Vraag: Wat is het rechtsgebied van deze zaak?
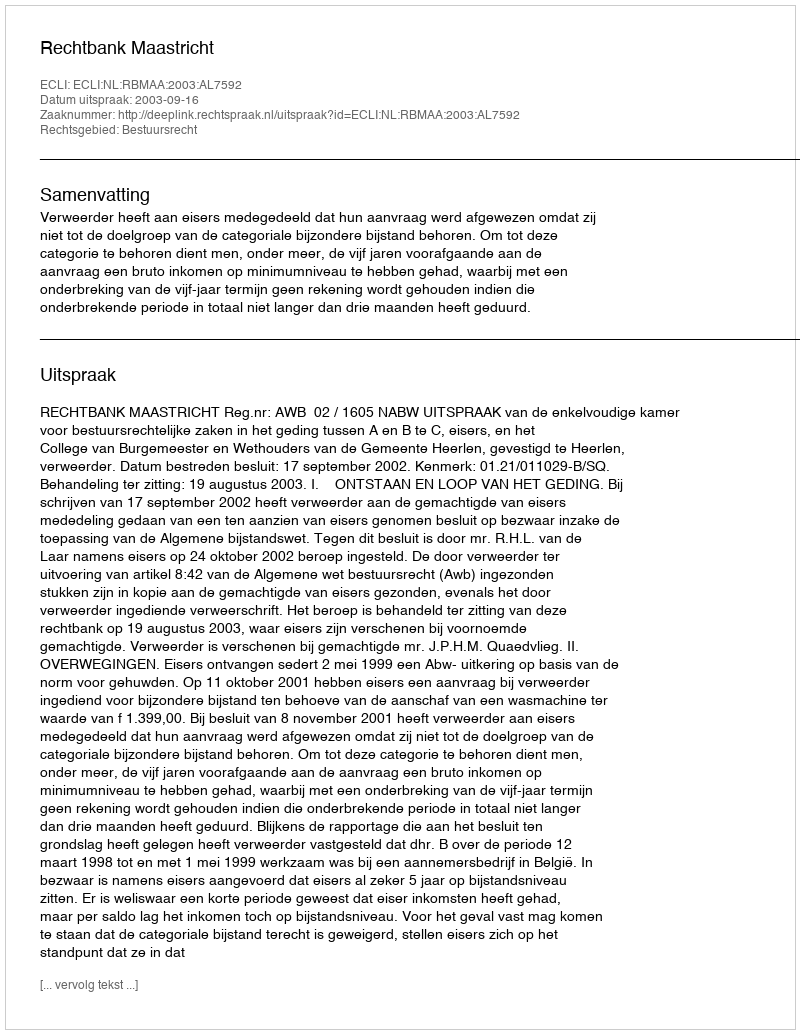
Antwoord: Bestuursrecht